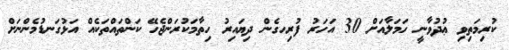
ކުރިމަތިވި ޢުދުވާނީ ހަމަލާއަށް 30 އަހަރު ފުރިހގެން ދިޔައިރު ހިތާމަކުރަންޖެހޭ ކަންތައްތަކެއް އަޅުގަނޑުމެންނަށް